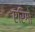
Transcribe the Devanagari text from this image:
एरिगो